Madras plague regulations and rules - Volume 2
Disease focus: Plague
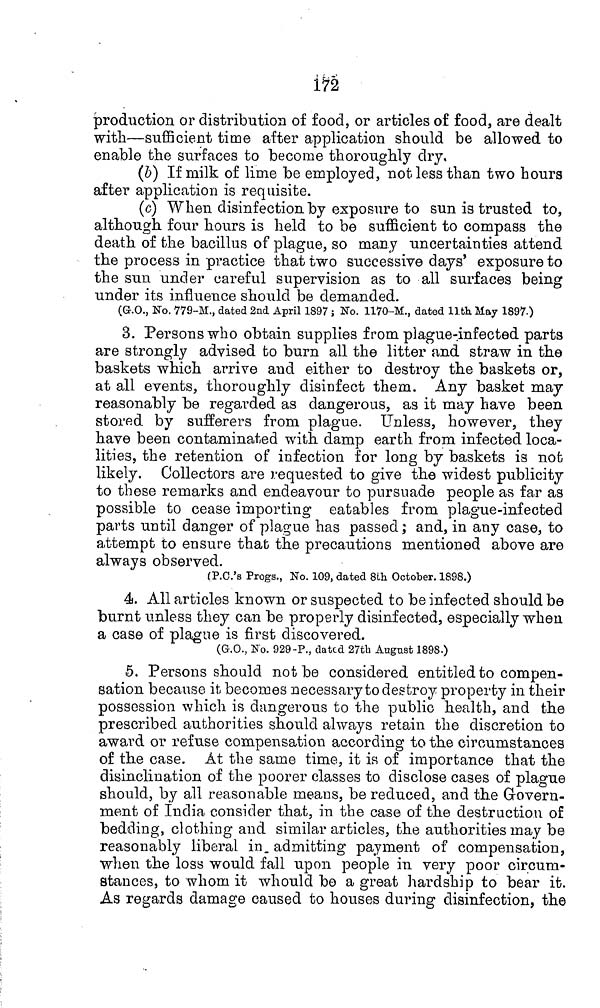
172
production or distribution of food, or articles of food, are dealt
with—sufficient time after application should be allowed to
enable the surfaces to become thoroughly dry,
(b) If milk of lime be employed, not less than two hours
after application is requisite.
(c) When disinfection by exposure to sun is trusted to,
although, four hours is held to be sufficient to compass the
death of the bacillus of plague, so many uncertainties attend
the process in practice that two successive days' exposure to
the sun under careful supervision as to all surfaces being
under its influence should be demanded.
(G.O., No. 779-M., dated 2nd April 1897 ; No. 1170-M., dated 11th May 1897.)
3. Persons who obtain supplies from plague-infected parts
are strongly advised to burn all the litter and straw in the
baskets which arrive and either to destroy the baskets or,
at all events, thoroughly disinfect them. Any basket may
reasonably be regarded as dangerous, as it may have been
stored by sufferers from plague. Unless, however, they
have been contaminated with damp earth from infected loca-
lities, the retention of infection for long by baskets is not
likely. Collectors are requested to give the widest publicity
to these remarks and endeavour to pursuade people as far as
possible to cease importing eatables from plague-infected
parts until danger of plague has passed; and, in any case, to
attempt to ensure that the precautions mentioned above are
always observed.
(P.C.'s Progs., No. 109, dated 8th October. 1898.)
4. All articles known or suspected to be infected should be
burnt unless they can be properly disinfected, especially when
a case of plague is first discovered.
(G.O., No. 929-P., dated 27th August 1898.)
5. Persons should not be considered entitled to compen-
sation because it becomes necessary to destroy property in their
possession which is dangerous to the public health, and the
prescribed authorities should always retain the discretion to
award or refuse compensation according to the circumstances
of the case. At the same time, it is of importance that the
disinclination of the poorer classes to disclose cases of plague
should, by all reasonable means, be reduced, and the Govern-
ment of India consider that, in the case of the destruction of
bedding, clothing and similar articles, the authorities may be
reasonably liberal in. admitting payment of compensation,
when the loss would fall upon people in very poor circum-
stances, to whom it whould be a great hardship to bear it.
As regards damage caused to houses during disinfection, the